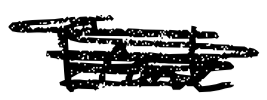
Text: Frank
Cross-out: scratch
Writing tool: digital_black